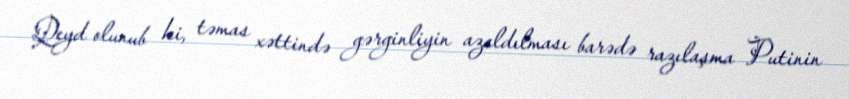
Qeyd olunub ki, təmas xəttində gərginliyin azaldılması barədə razılaşma Putinin